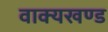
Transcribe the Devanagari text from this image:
वाक्यखण्ड